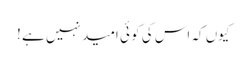
کیوں کہ اس کی کو ئی امید نہیں ہے !